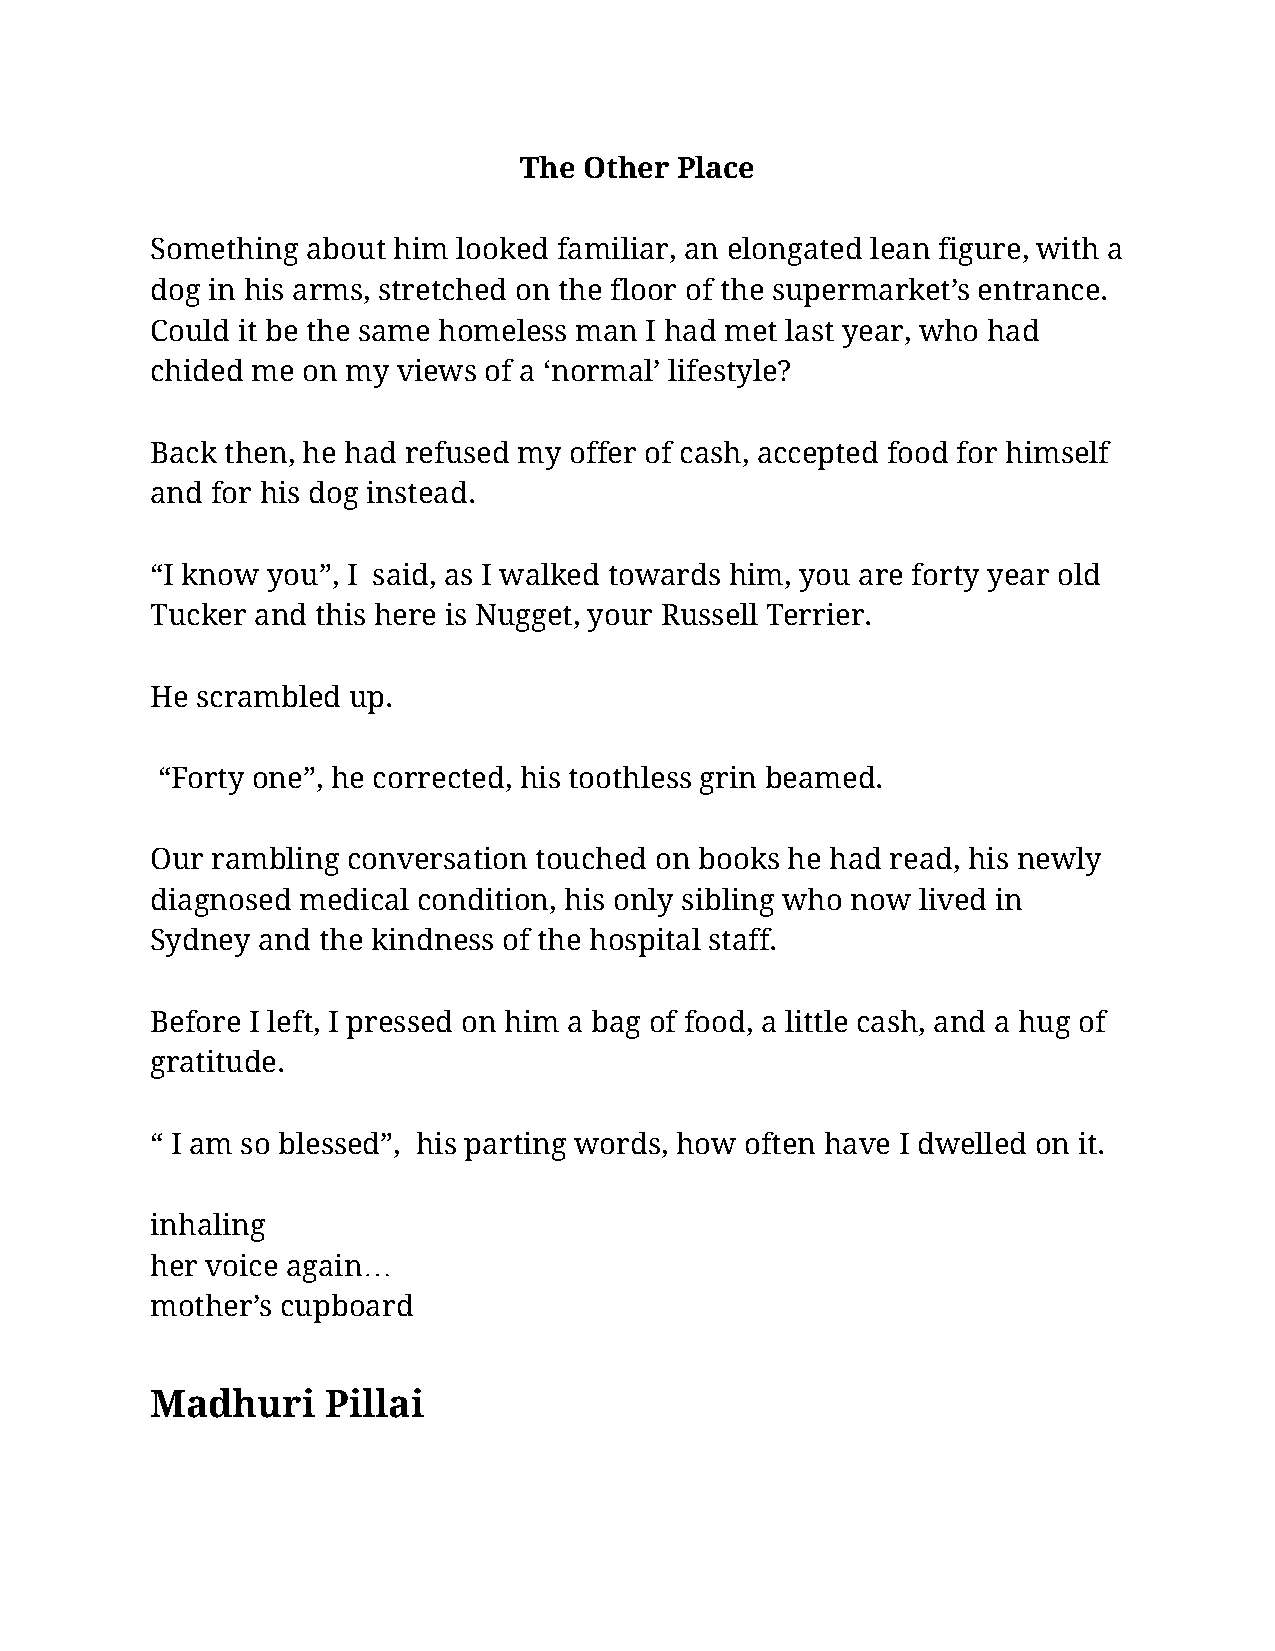
The  Other Place
 Something about him looked familiar, an elongated lean figure, with a
 dog in his arms, stretched on the floor of the supermarket’s entrance.
 Could it be the same homeless man I had met last year, who had
 chided me on my views of a ‘normal’ lifestyle?
 Back then, he had refused my offer of cash, accepted food for himself
 and for his dog instead.
 “I know you”, I said, as I walked towards him, you are forty year old
 Tucker and this here is Nugget, your Russell Terrier.
 He scrambled up.
 “Forty one”, he corrected, his toothless grin beamed.
 Our rambling conversation touched on books he had read, his newly
 diagnosed medical condition, his only sibling who now lived in
 Sydney and the kindness of the hospital staff.
 Before I left, I pressed on him a bag of food, a little cash, and a hug of
 gratitude.
 “ I am so blessed”, his parting words, how often have I dwelled on it.
 inhaling
 her voice again…
 mother’s cupboard
 Madhuri     Pillai